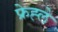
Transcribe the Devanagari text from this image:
फ्रेह्ले